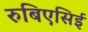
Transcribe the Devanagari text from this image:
रुबिएसिई